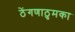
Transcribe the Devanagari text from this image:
ठेंगणाठुमका